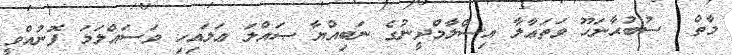
މާތް  ސުބުޙާނަހޫ ވަތަޢާލާ އިސްލާމްދީނުގެ ނަބިއްޔާ ޞައްލަ ޢަލައިހި ވަސައްލަމަ ފޮނުއްވީ